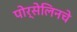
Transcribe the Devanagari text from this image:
पोर्सेलिनचे